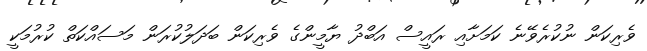
ވެރިކަން ނުކުރެވޭނެ ކަމަށާއި ރައީސް އަބްދު ޔާމީންގެ ވެރިކަން ބަދަލުކުރަން މަސައްކަތް ކުރުމަކީ